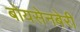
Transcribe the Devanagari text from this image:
बोयसेनबेरी